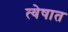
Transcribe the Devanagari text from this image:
त्वेषात